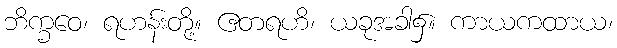
ဘိက္ခဝေ၊ ရဟန်းတို့။ ဧတရဟိ၊ ယခုအခါ၌။ ကာယကထာယ၊